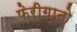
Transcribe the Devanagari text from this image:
फेरीगाटो